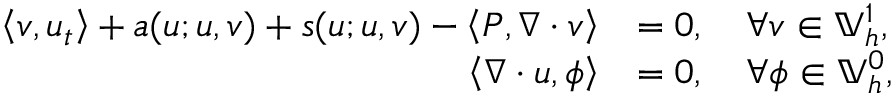
\begin{array} { r l } { \left\langle v , u _ { t } \right\rangle + a ( u ; u , v ) + s ( u ; u , v ) - \left\langle P , \nabla \cdot v \right\rangle } & { = 0 , \quad \forall v \in \mathbb { V } _ { h } ^ { 1 } , } \\ { \left\langle \nabla \cdot u , \phi \right\rangle } & { = 0 , \quad \forall \phi \in \mathbb { V } _ { h } ^ { 0 } , } \end{array}